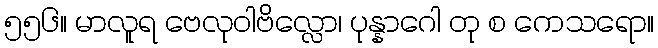
၅၅၆။ မာလူရ ဗေလုဝါဗိလ္လော၊ ပုန္နာဂေါ တု စ ကေသရော။